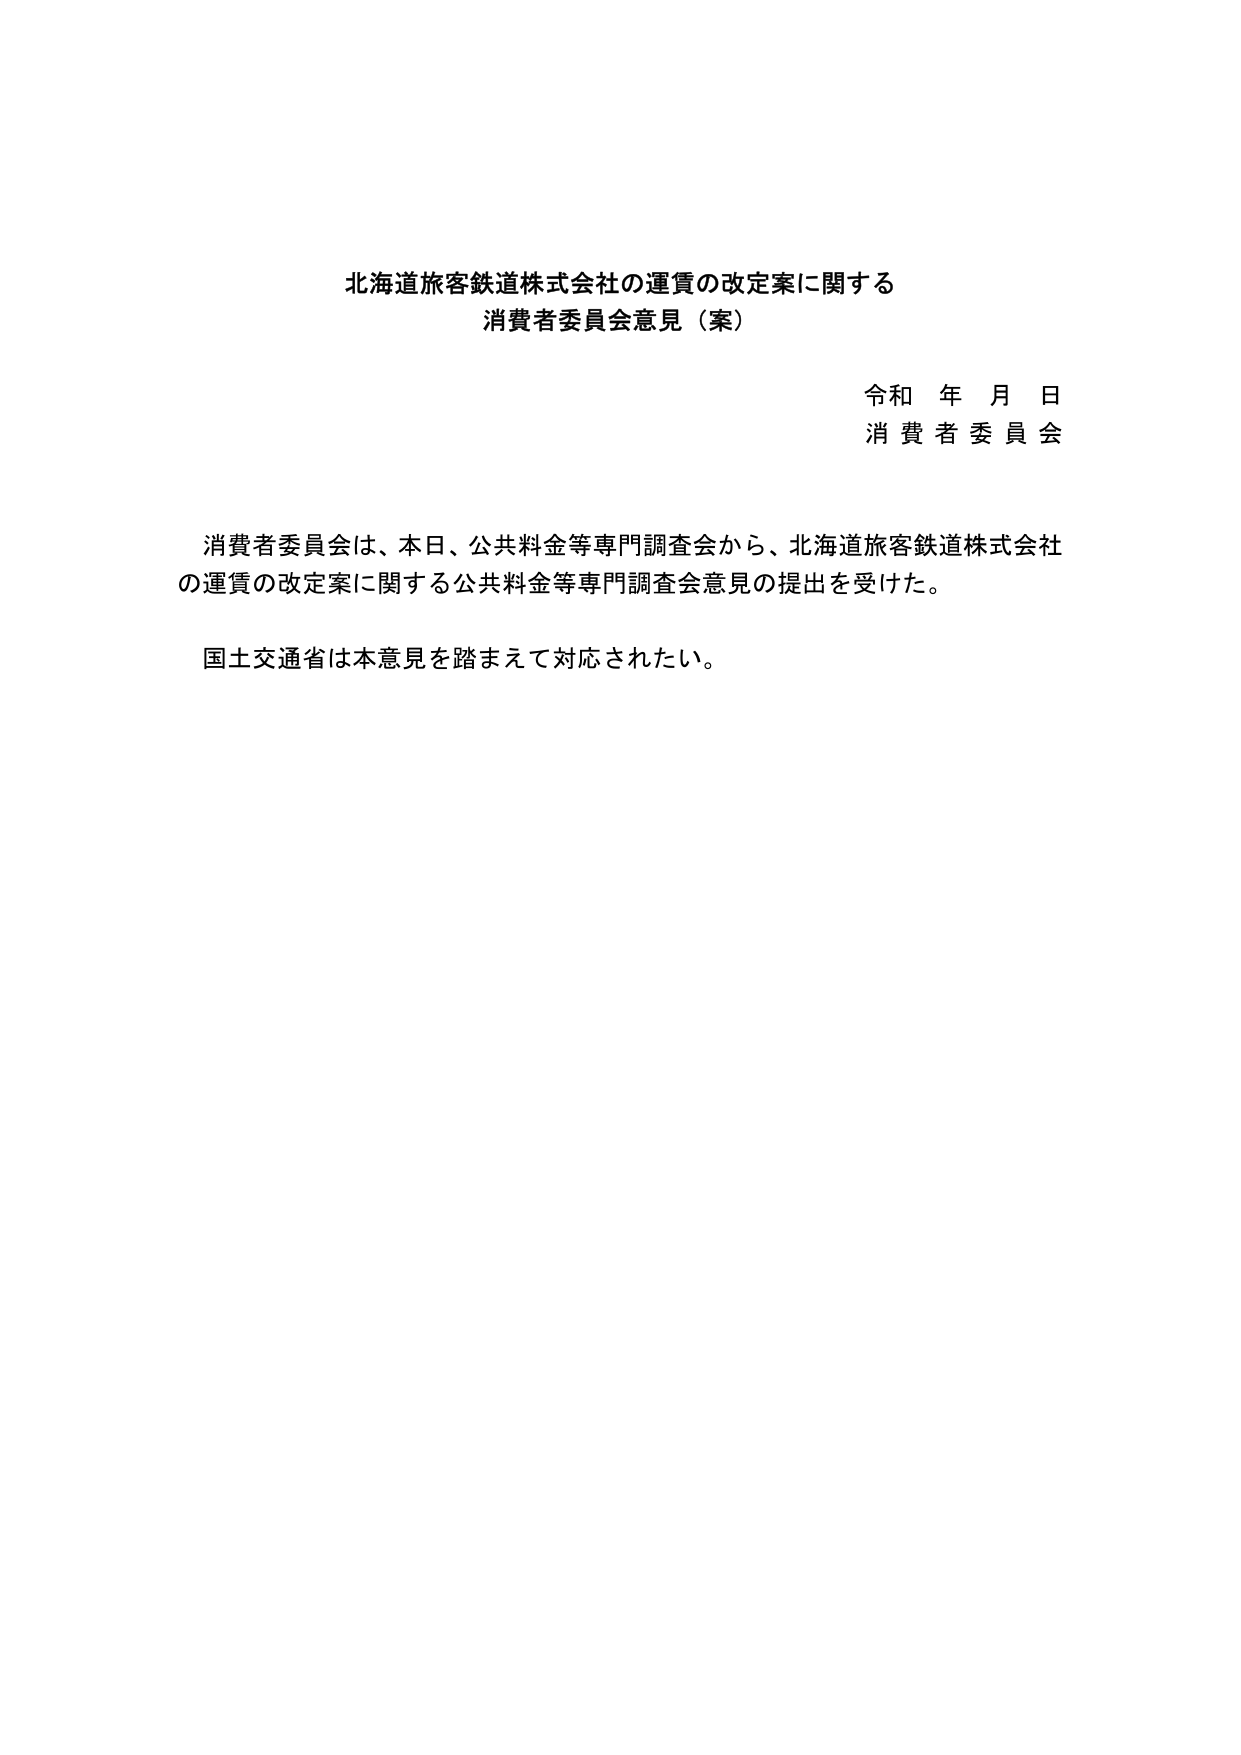
北海道旅客鉄道株式会社の運賃の改定案に関する
消費者委員会意見（案）

令和 年 月 日
消費者委員会

消費者委員会は、本日、公共料金等専門調査会から、北海道旅客鉄道株式会社
の運賃の改定案に関する公共料金等専門調査会意見の提出を受けた。

国土交通省は本意見を踏まえて対応されたい。